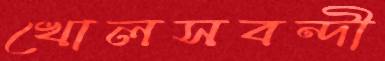
খোলসবন্দী